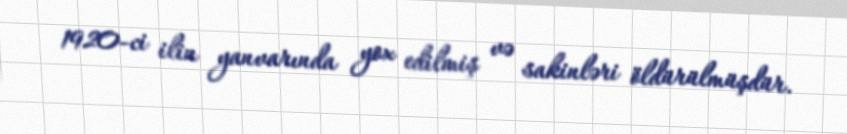
1920-ci ilin yanvarında yox edilmiş və sakinləri öldürülmüşdür.